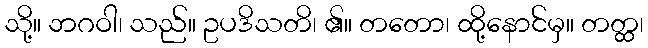
သို့။ ဘဂဝါ၊ သည်။ ဥပဒိသတိ၊ ၏။ တတော၊ ထို့နောင်မှ။ တတ္ထ၊